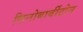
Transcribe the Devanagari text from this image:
फिनोबार्बीटोन